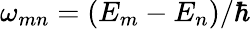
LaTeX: \omega_{mn}=(E_{m}-E_{n})/\hbar